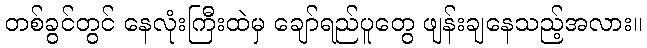
တစ်ခွင်တွင် နေလုံးကြီးထဲမှ ချော်ရည်ပူတွေ ဖျန်းချနေသည့်အလား။